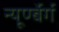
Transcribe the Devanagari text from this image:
न्यूर्ण्बेर्ग